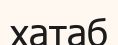
хатаб